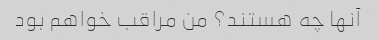
آنها چه هستند؟ من مراقب خواهم بود